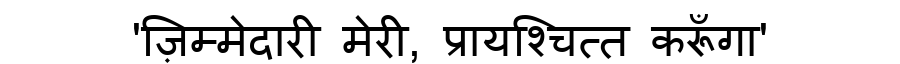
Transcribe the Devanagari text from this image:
'ज़िम्मेदारी मेरी, प्रायश्चित्त करूँगा'